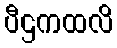
ပီဌကထလိ